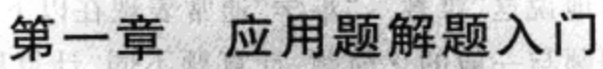
第一章 应用题解题入门